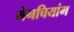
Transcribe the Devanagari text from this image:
मेनचियांग